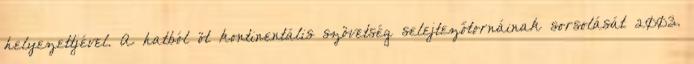
helyezettjével. A hatból öt kontinentális szövetség selejtezőtornáinak sorsolását 2003.